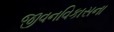
જીવનવિકાસના